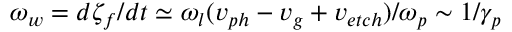
\omega _ { w } = d \zeta _ { f } / d t \simeq \omega _ { l } ( v _ { p h } - v _ { g } + v _ { e t c h } ) / \omega _ { p } \sim 1 / \gamma _ { p }